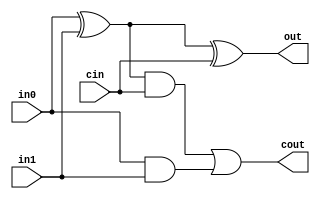
`timescale 1ns / 1ps
//////////////////////////////////////////////////////////////////////////////////
// Company: 
// Engineer: 
// 
// Design Name: 
// Module Name: full_adder
// Project Name: 
// Target Devices: 
// Tool Versions: 
// Description: 
// 
// Dependencies: 
// 
// Revision:
// Revision 0.01 - File Created
// Additional Comments:
// 
//////////////////////////////////////////////////////////////////////////////////


module full_adder(in0, in1, cin, out, cout);
	
	input in0, in1, cin;
	output out, cout;

	assign out = in0 ^ in1 ^ cin;
	assign cout = ((in0 ^ in1) & cin) | (in0 & in1);

endmodule